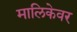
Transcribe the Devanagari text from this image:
मालिकेवर